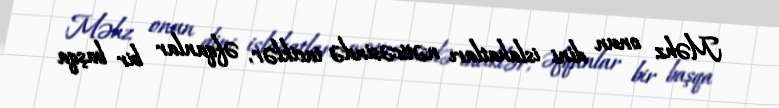
Məhz onun dini islahatları nəticəsində taciklər, əfqanlar bir başqa